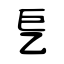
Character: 乬